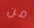
من